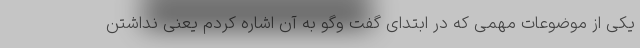
یکی از موضوعات مهمی که در ابتدای گفت وگو به آن اشاره کردم یعنی نداشتن